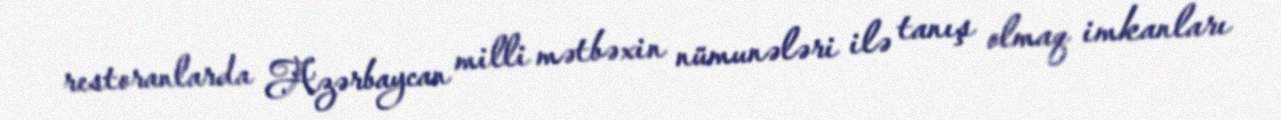
restoranlarda Azərbaycan milli mətbəxin nümunələri ilə tanış olmaq imkanları